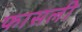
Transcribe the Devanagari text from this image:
फासली